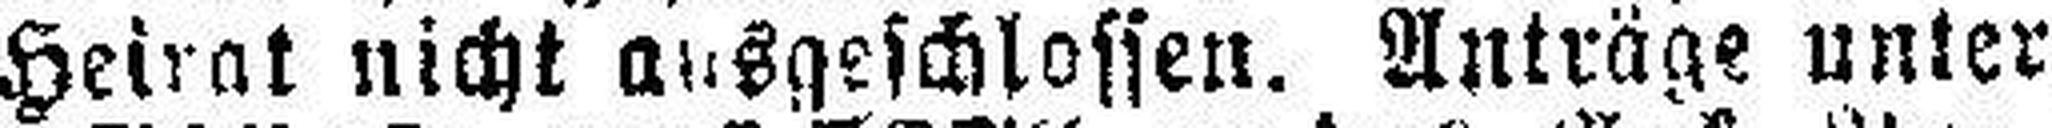
Heirat nicht ausgeschlossen. Anträge unter